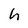
Character: h